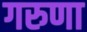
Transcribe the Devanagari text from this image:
गरुणा